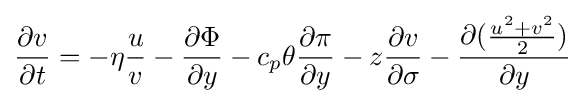
{\frac {\partial v}{\partial t}}=-\eta {\frac {u}{v}}-{\frac {\partial \Phi }{\partial y}}-c_{p}\theta {\frac {\partial \pi }{\partial y}}-z{\frac {\partial v}{\partial \sigma }}-{\frac {\partial ({\frac {u^{2}+v^{2}}{2}})}{\partial y}}